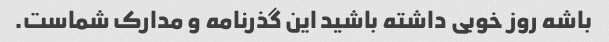
باشه روز خوبی داشته باشید این گذرنامه و مدارک شماست.